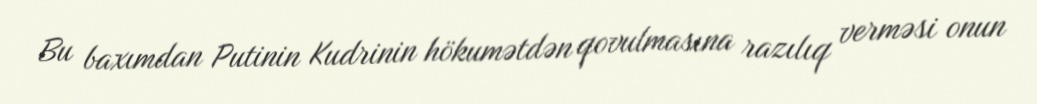
Bu baxımdan Putinin Kudrinin hökumətdən qovulmasına razılıq verməsi onun